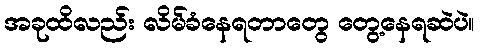
အခုထိလည်း လိမ်ခံနေရတာတွေ တွေ့နေရဆဲပဲ။